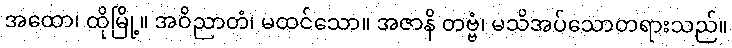
အထော၊ ထိုမြို့။ အဝိညာတံ၊ မထင်သော။ အဇာနိ တဗ္ဗံ၊ မသိအပ်သောတရားသည်။